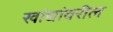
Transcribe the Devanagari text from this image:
खांद्यांवरील